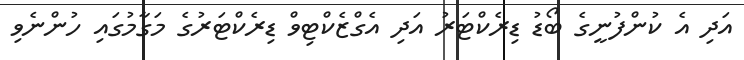
އަދި އެ ކުންފުނީގެ ބޯޑު ޑިރެކްޓަރު އަދި އެގްޒެކްޓިވް ޑިރެކްޓަރުގެ މަގާމުގައި ހުންނެވި